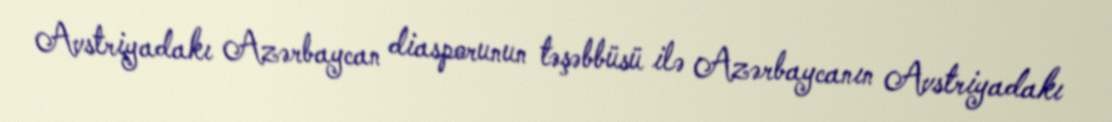
Avstriyadakı Azərbaycan diasporunun təşəbbüsü ilə Azərbaycanın Avstriyadakı